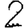
Digit: 2